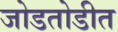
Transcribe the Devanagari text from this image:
जोडतोडीत